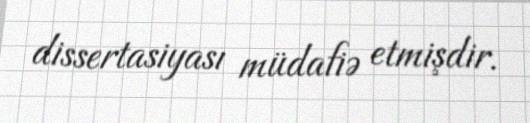
dissertasiyası müdafiə etmişdir.